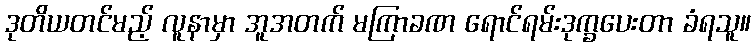
ဒုတိယတင်မည့် လူနာမှာ အူအတက် မကြာခဏ ရောင်ရမ်းဒုက္ခပေးတာ ခံရသူ။